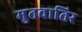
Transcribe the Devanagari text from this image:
मुतवातिर